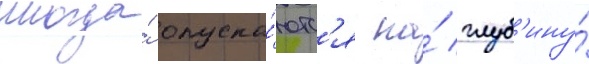
иногда́ опуска́ютс'я на́ глуб'ину́